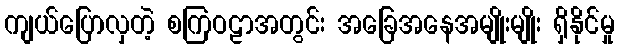
ကျယ်ပြောလှတဲ့ စကြဝဠာအတွင်း အခြေအနေအမျိုးမျိုး ရှိနိုင်မှု